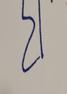
Signature authenticity: forged